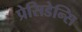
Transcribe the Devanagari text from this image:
प्रेसिडेन्सि